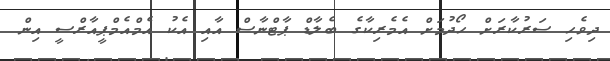
ދިވެހި ސަރުކާރަށް ހޯދުމަށް އެމެެރިކާގެ ބެލާޑް ޕާޓްނާސް އާއި އެކު އެމްއެމްޕީއާރްސީ އިން